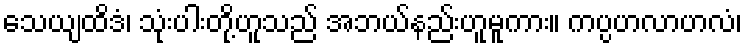
သေယျထိဒံ၊ သုံးပါးတို့ဟူသည် အဘယ်နည်းဟူမူကား။ ကပ္ပဟလာဟလံ၊